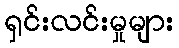
ရှင်းလင်းမှုများ